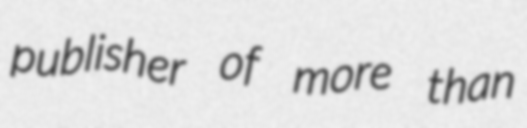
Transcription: publisher of more than